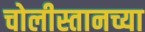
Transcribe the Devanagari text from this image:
चोलीस्तानच्या